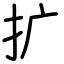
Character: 扩